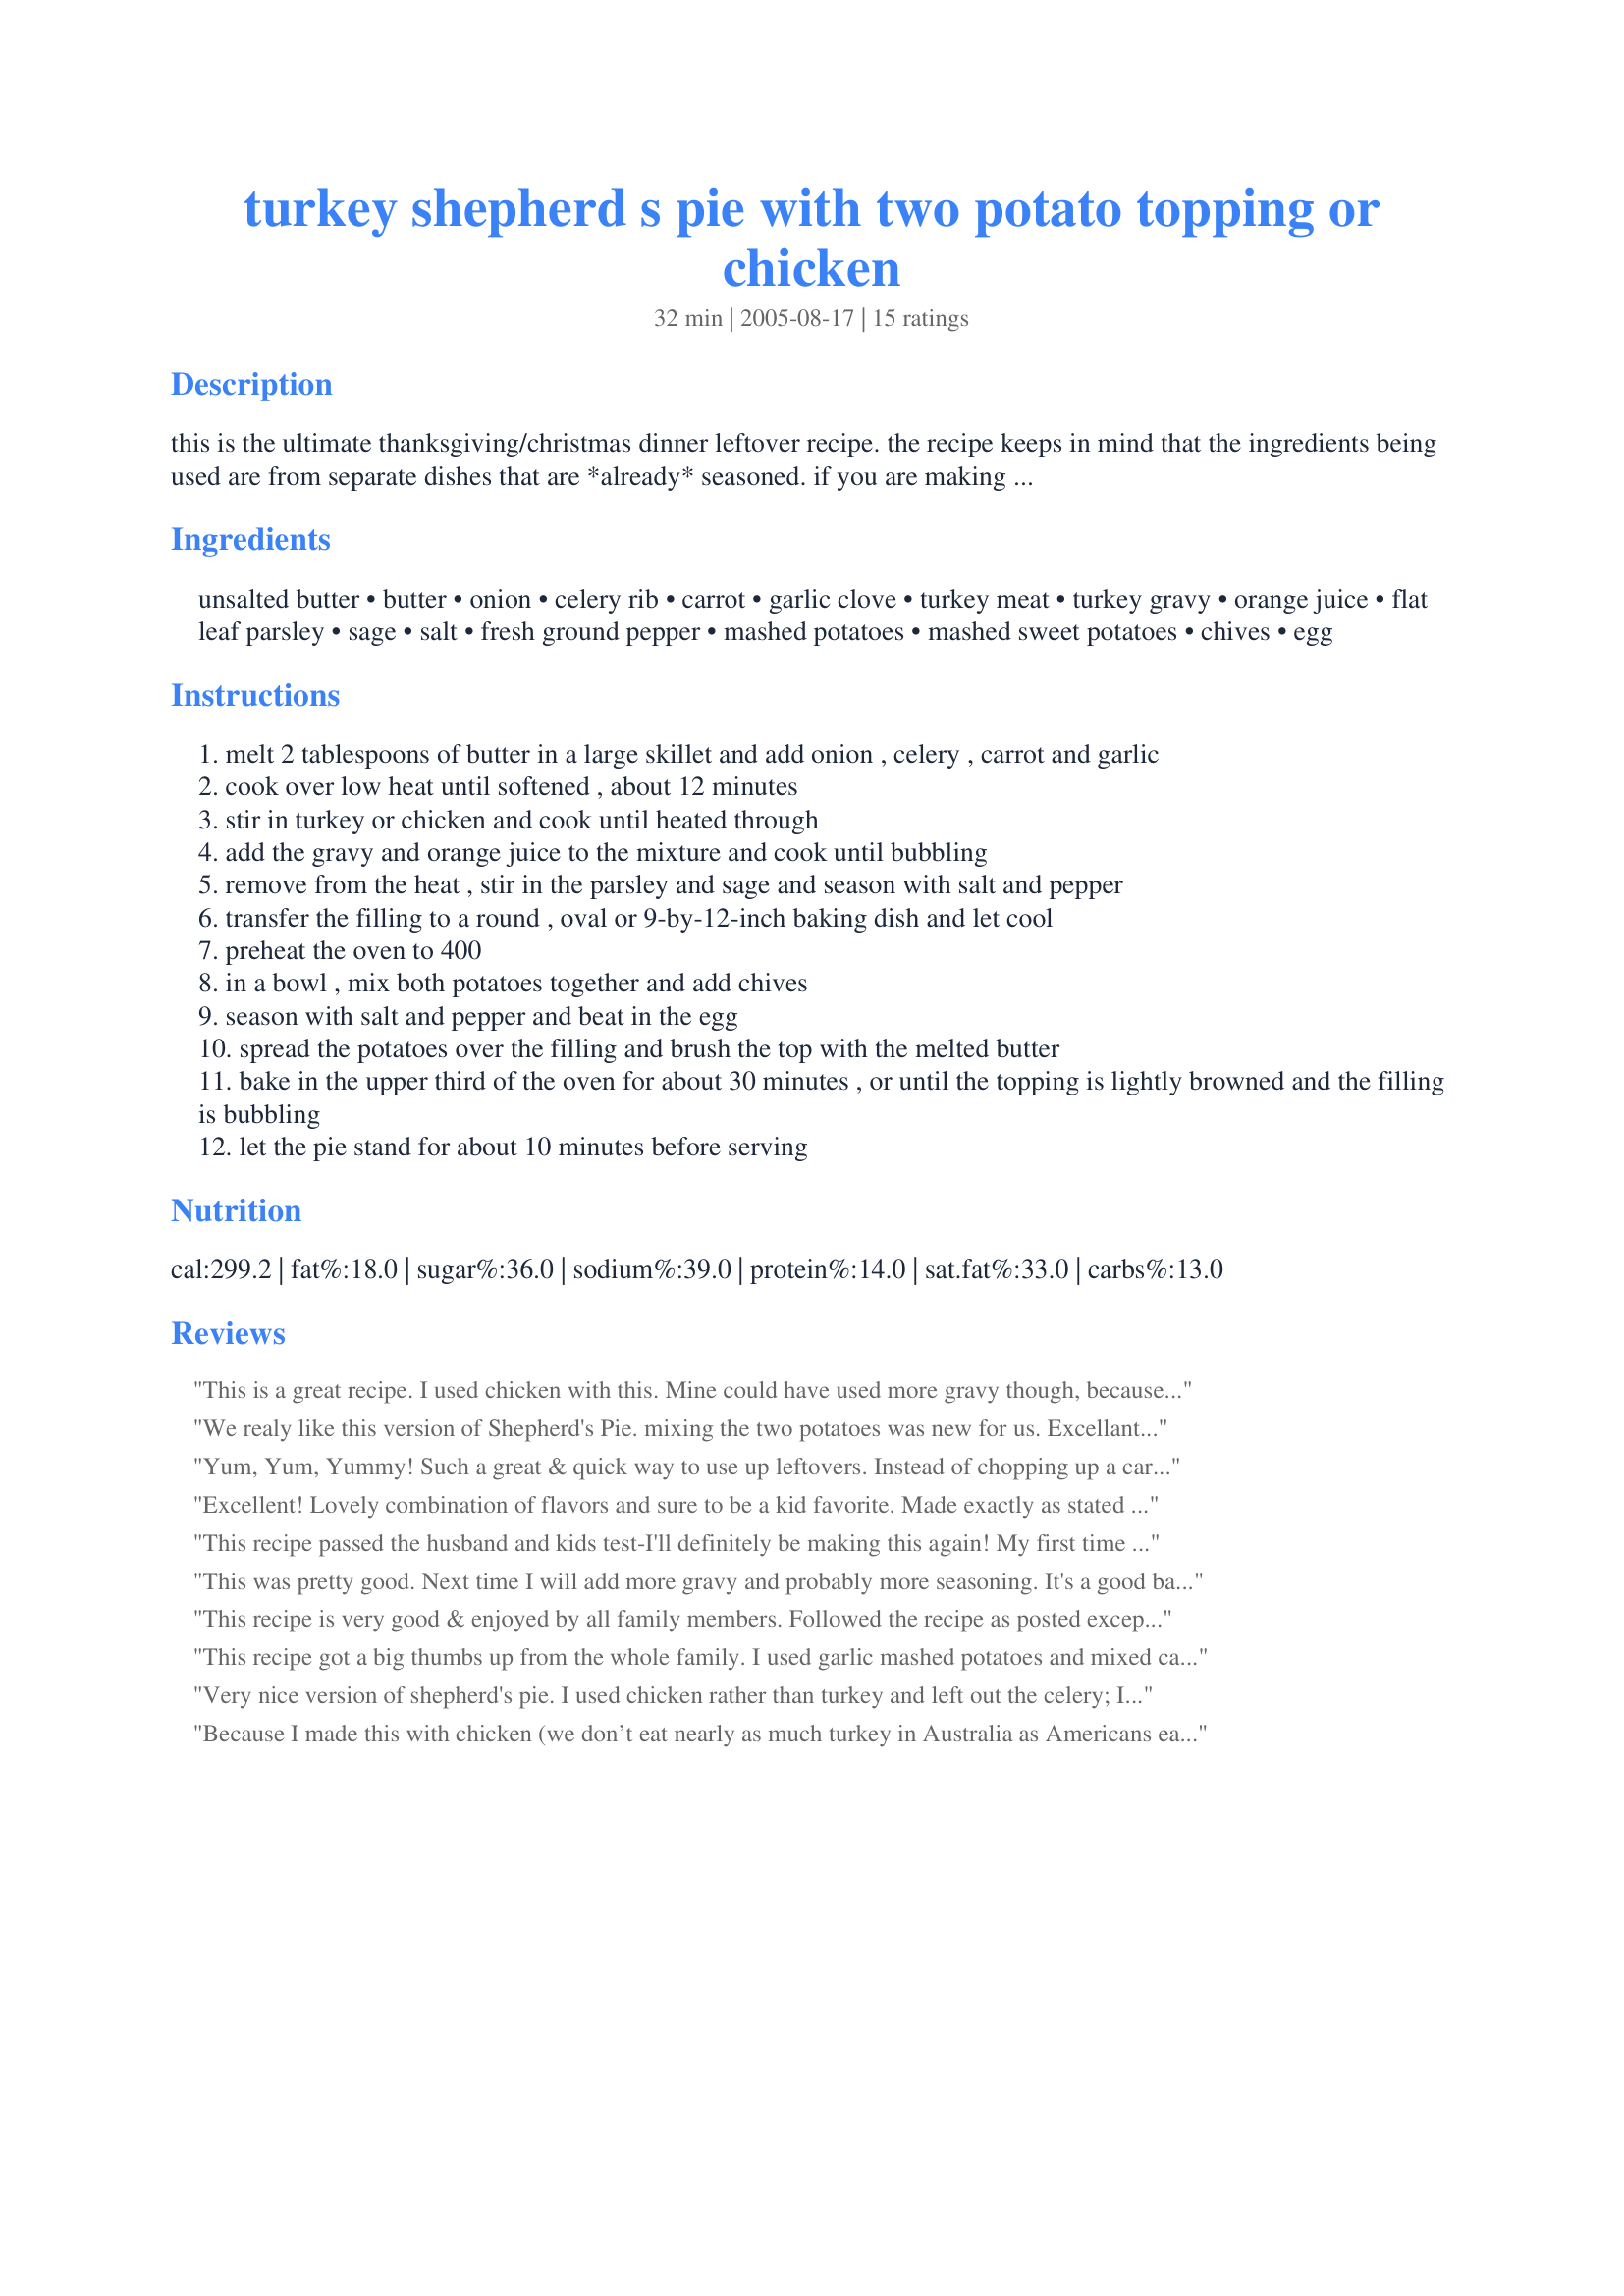
turkey shepherd s pie with two potato topping or chicken
Preparation time: 32 minutes

this is the ultimate thanksgiving/christmas dinner leftover recipe. the recipe keeps in mind that the ingredients being used are from separate dishes that are *already* seasoned. if you are making either of the potatoes from scratch for the recipe, go ahead and season them as if you were making that dish to serve as a side. the same with the gravy, if it is not homemade roasted turkey gravy, add some more seasoning to it. of course you do not have to have leftovers to make this, but it is a good way to use up the turkey, mashed potatoes, sweet potatoes and gravy without the dish tasting like leftovers. i have also made it with chicken with excellent results. this is a real family pleaser and our 4 year old actually asks for this for dinner a lot. the original recipe was adapted from chef jimmy bradley of the red cat in new york city. it can also be prepared in individual 1 1/2-cup ramekins; check them for doneness after 20 minutes. wine: a bighearted chardonnay will echo the texture of the smooth gravy and the soft mashed potato topping. look for a reasonably priced, fruity wine, such as australia’s 1999 rosemount or the 1999 lindemans bin 65.

Ingredients:
unsalted butter, butter, onion, celery rib, carrot, garlic clove, turkey meat, turkey gravy, orange juice, flat leaf parsley, sage, salt, fresh ground pepper, mashed potatoes, mashed sweet potatoes, chives, egg

Steps:
melt 2 tablespoons of butter in a large skillet and add onion , celery , carrot and garlic
cook over low heat until softened , about 12 minutes
stir in turkey or chicken and cook until heated through
add the gravy and orange juice to the mixture and cook until bubbling
remove from the heat , stir in the parsley and sage and season with salt and pepper
transfer the filling to a round , oval or 9-by-12-inch baking dish and let cool
preheat the oven to 400
in a bowl , mix both potatoes together and add chives
season with salt and pepper and beat in the egg
spread the potatoes over the filling and brush the top with the melted butter
bake in the upper third of the oven for about 30 minutes , or until the topping is lightly browned and the filling is bubbling
let the pie stand for about 10 minutes before serving

Reviews:
This is a great recipe. I used chicken with this. Mine could have used more gravy though, because the leftovers were drier than the first dish! I made two dishes out of this and froze the second one without baking. Thanks!!
We realy like this version of Shepherd's Pie. mixing the two potatoes was new for us. Excellant recipe!
Yum, Yum, Yummy! Such a great & quick way to use up leftovers. Instead of chopping up a carrot, i used leftover veggies (corn, peas, carrots). Also to make my dried-out-day-old mashed potatoes a little creamier, I added a bit of cream cheese. I'm not too adventure-some; so, I left out the orange juice. Other than that, no changes & VERY happy with the results! Thanks for sharing.
Excellent! Lovely combination of flavors and sure to be a kid favorite. Made exactly as stated except I made four individual servings in 2 quart Pyrex dishes (filled half full, so pint containers will also work). When cooled, I pressed plastic wrap down over the topping, wrapped in foil and froze two for another meal. Next time I might sprinkler some crumbled stuffing over the mashed potatoes and perhaps add green beans or peas to the filling. Thanks for the wonderful recipe - we'll certainly be making this after every turkey dinner!
This recipe passed the husband and kids test-I'll definitely be making this again! My first time using sage or sweet potato in shepherd's pie, different for us but a delicious dish! I used bluemoon downunder's recipe #124938 for the sweet potato mash. A perfect match! I love one dish meals-especially when they are this good!
This was pretty good. Next time I will add more gravy and probably more seasoning. It's a good base recipe.
This recipe is very good & enjoyed by all family members. Followed the recipe as posted except I used mashed potatoes instead of sweet. I had the gravy left from the roasted chicken. Thank you NcMysteryShopper! I am always looking for recipes for leftover chicken & this recipe will be served often.
This recipe got a big thumbs up from the whole family. I used garlic mashed potatoes and mixed candied yams into it. It looked a big funky coming out of the oven but the taste was just great.
Very nice version of shepherd's pie. I used chicken rather than turkey and left out the celery; I also added some grated cheddar to the topping. While I think I prefer the Aussie version with worcestershire sauce, ketchup and roast lamb, DH loved this and ate it so fast I thought I must have got our portions mixed up! Thanks for a lovely weeknight meal!
Because I made this with chicken (we don’t eat nearly as much turkey in Australia as Americans eat), I made what was a truly delicious Chicken Shepherd’s Pie. I didn’t have any gravy, so I added ½ cup of low-fat sour cream and a dash of wine (not quite traditional, but…), which worked out fine. I also added 3 chopped cloves of garlic with the onions, celery and carrots. The choice of parsley and sage gave a wonderful flavour to this Shepherd’s Pie with a difference! As did the combination of the two potatoes. All I’ll do differently next time is to double the portions, as this is a dish which would freeze well. Thank you for another great recipe!
This turned out really well. I followed the recipe faithfully with the exception of substituting scallions for chives and dried sage for fresh (Amazingly, I had everything else on hand). My wife thought it was perfect as it was. I'm tempted to play around with it - maybe a little orange zest, maybe garlic, maybe tarragon. Anyway, it was even better leftover, which says a lot since the turkey was then doubly leftover.
Just finished dinner - yum! I didn't make quite as directed; there weren't enough mashed potatos left, so I made up the difference by mashing the leftover parsnip casserole (#152495) and I didn't have any orange juice or chives. Great, easy recipe!
Oh yummy yummy! I made most of this by my own self! I scooped the leftovers from Thanksgiving and put the right amounts in the pan. I used the food processor to cut up the onions and the carrots and the celery. I also mixed the potatoes in the processor with the egg. I made dinner all by myself!!!
I thought this was a wonderful way to use up turkey, as well as all the other left overs. I used all dark meat, since i'd already froze the white meat. It worked fine. I also added cooked carrots left from Recipe #152441 from mama's kitchen. I added the carrots after the celery and onions were cooked. I didn't have sweet potatos, so I used regular mashed potatos and added even more. Anyway, it all turned out very good. This recipe has wonderful potential for a great deal of variety. I think the turkey filling part would be good in turkey pot pies. I think I'll try peas in it next time. Thanks for a great recipe.
Very good. I used chicken and chicken gravy instead of turkey. And I added pepper, garlic and a dash of worcestershire as well as a bunch of cheese. Zaar World Tour 05
